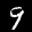
Label: 9